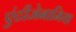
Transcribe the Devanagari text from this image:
एंटीजेनामिया